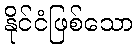
နိုင်ငံဖြစ်သော